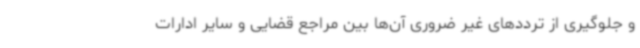
و جلوگیری از ترددهای غیر ضروری آن‌ها بین مراجع قضایی و سایر ادارات